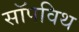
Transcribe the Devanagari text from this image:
सॉपविथ